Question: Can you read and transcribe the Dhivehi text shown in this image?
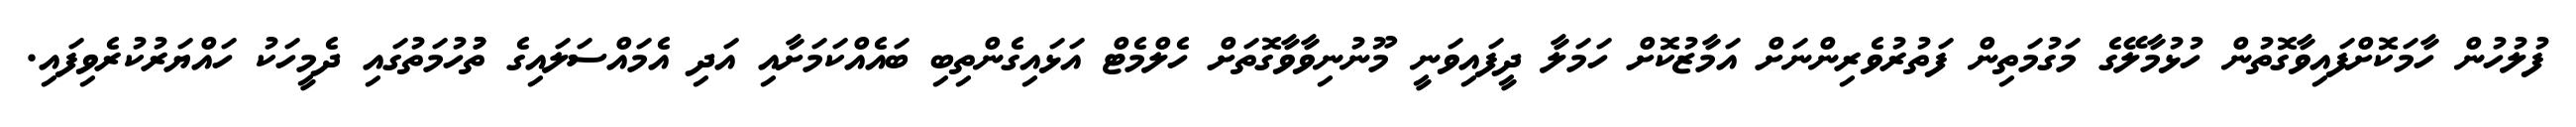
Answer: ފުލުހުން ހާމަކޮށްފައިވާގޮތުން ހުޅުމާލޭގެ މަގުމަތިން ފަތުރުވެރިންނަށް އަމާޒުކޮށް ހަމަލާ ދީފައިވަނީ މޫނުނިވާވާގޮތަށް ހެލްމެޓް އަޅައިގެންތިބި ބައެއްކަމަށާއި އަދި އެމައްސަލައިގެ ތުުހުމަތުގައި ދެމީހަކު ހައްޔަރުކުރެވިފައި.